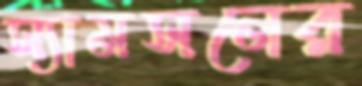
স্যামসনের